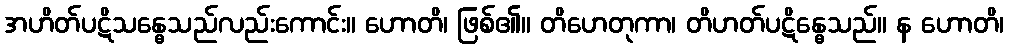
အဟိတ်ပဋိသန္ဓေသည်လည်းကောင်း။ ဟောတိ၊ ဖြစ်၏။ တိဟေတုကာ၊ တိဟတ်ပဋိန္ဓေသည်။ န ဟောတိ၊